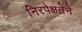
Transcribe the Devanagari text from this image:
निरपेक्षतेने